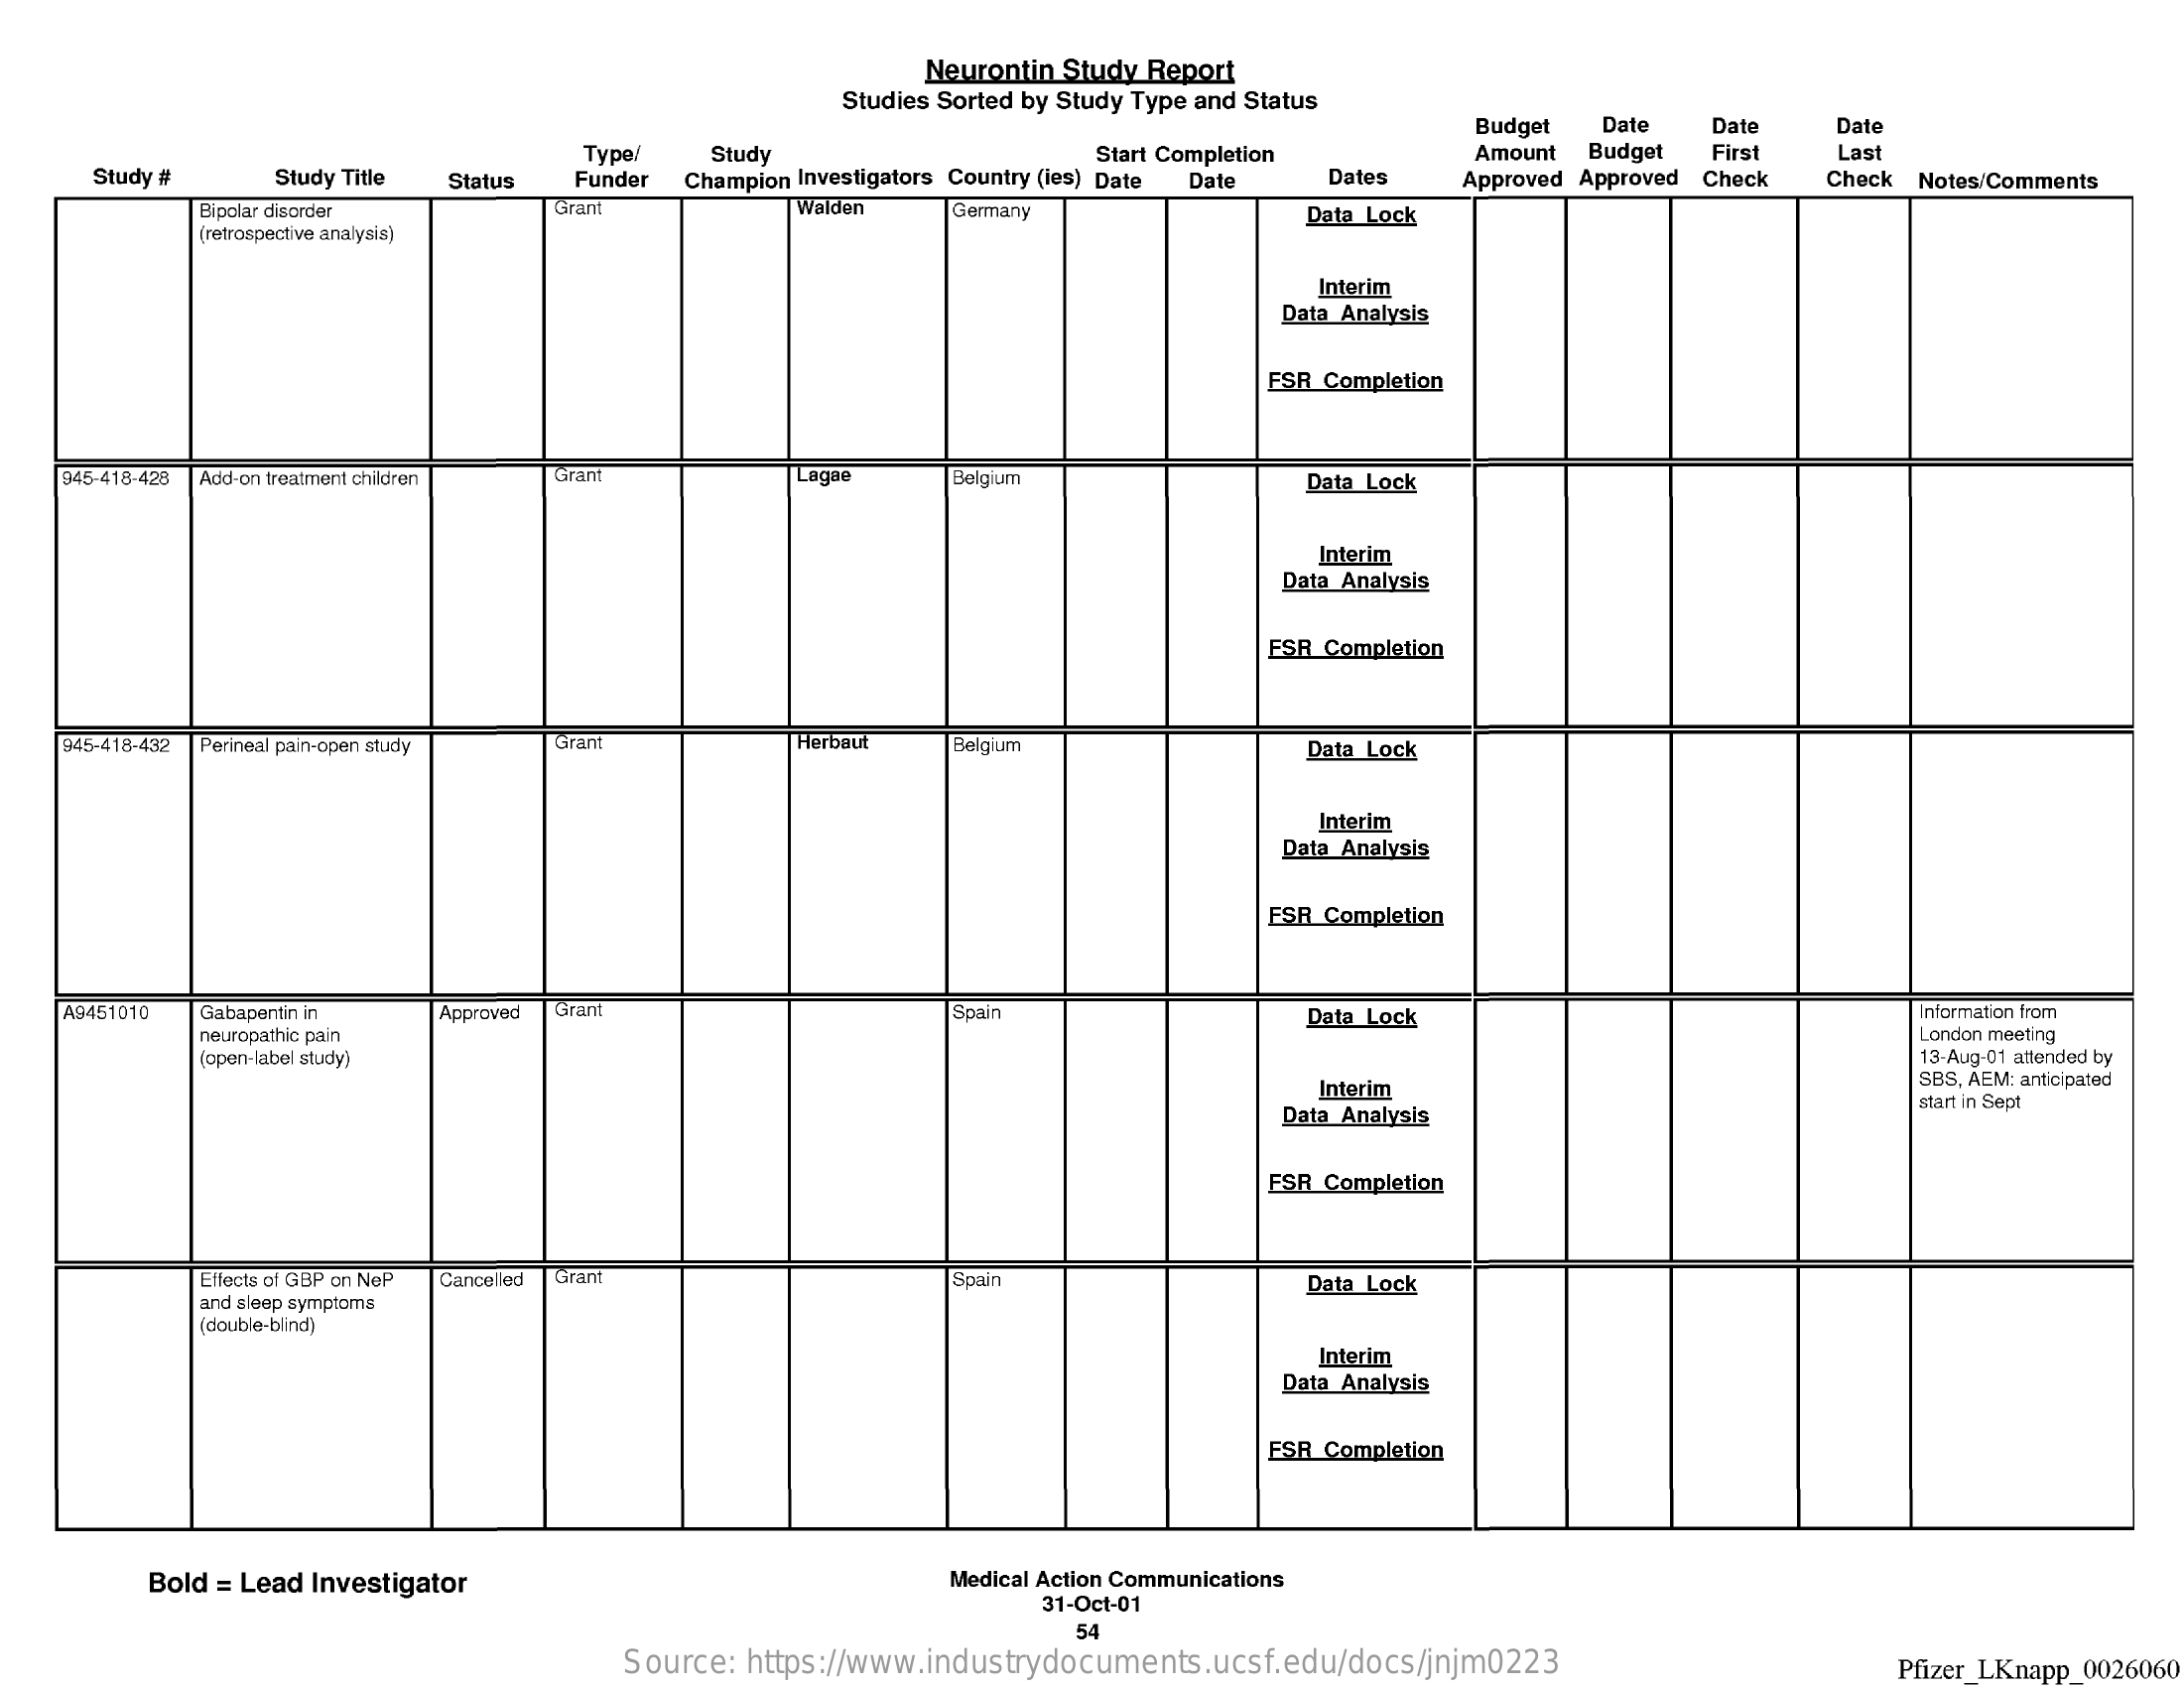
Neurontin Study Report
     Studies Sorted by Study Type and Status
     Budget Date Date  Date
     Study #
     Type/  Study
     Study Title    Champion Investigators Country (ies) Date
     Start Completion    Amount Budget First Last
     Status Funder    Date   Dates  Approved Approved Check Check Notes/Comments
     Bipolar disorder  Grant    Walden  Germany
     (retrospective analysis)
     Data Lock
     Interim
     Data Analysis
     FSR Completion
    945-418-428 Add-on treatment children Gran Lagae Belgium    Data Lock
     Interim
     Data Analysis
     ESR Completion
    945-418-432 Perineal pain-open study Gran Herbaut Belgium    Data Lock
     Interim
     Data Analysis
     FSR Completion
    A9451010 Gabapentin in Approved Grant    Spain    Data Lock    Information from
     neuropathic pain    London meeting
     (open-label study)    13-Aug-01 attended by
     Interim    SBS, AEM: anticipated
     Data Analysis
     start in Sept
     ESR Completion
     Effects of GBP on NeP Cancelled Grant  Spain    Data Lock
     and sleep symptoms
     (double-blind)
     Interim
     Data Analysis
     FSR Completion
     Bold = Lead Investigator    Medical Action Communications
     31-Oct-01
     54
     Source: https://www.industrydocuments.ucsf.edu/docs/jnjm0223    Pfizer LKnapp_0026060